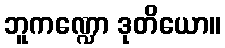
ဘူကဏ္ဍော ဒုတိယော။